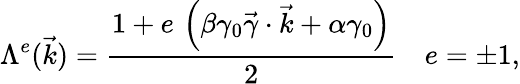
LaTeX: \Lambda^{e}(\vec{k})=\frac{1+e\, \left(\beta\gamma_{0}\vec{\gamma}\cdot{\vec{k}}+\alpha\gamma_{0}\right)}{2}~~~~e=\pm 1,